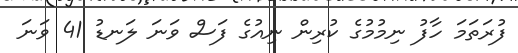
ފުރަތަމަ ހާފު ނިމުމުގެ ކުރިން ނިއުގެ ފަސް ވަނަ ލަނޑު 41 ވަނަ